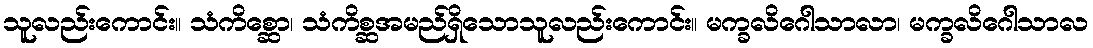
သူလည်းကောင်း။ သံကိစ္ဆော၊ သံကိစ္ဆအမည်ရှိသောသူလည်းကောင်း။ မက္ခလိဂေါသာလာ၊ မက္ခလိဂေါသာလ